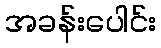
အခန်းပေါင်း